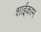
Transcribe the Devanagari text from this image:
शाईकाम